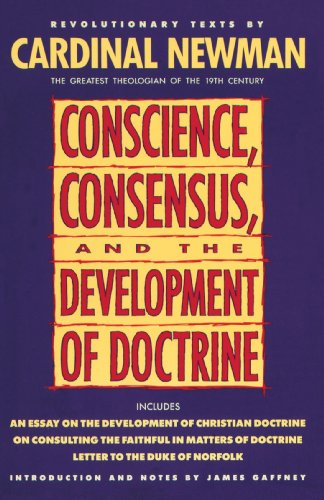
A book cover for Conscience, Consensus, and the Development of Doctrine; John Henry Newman; Christian Books & Bibles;